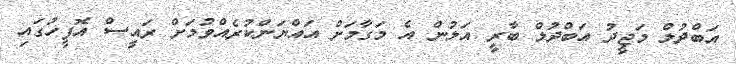
އަބްދުލް މަޖީދު އަބްދުލް ބާރީ އަލުން އެ މަގާމަށް އައްޔަންކުރެއްވުމަށް ރައީސް އޮފީހުގައި